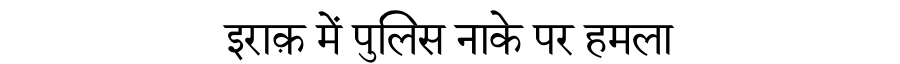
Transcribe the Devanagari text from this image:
इराक़ में पुलिस नाके पर हमला